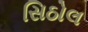
સિઠોલ